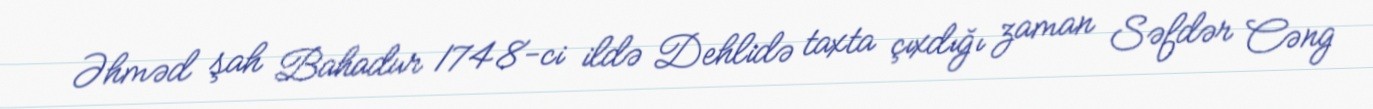
Əhməd şah Bahadur 1748-ci ildə Dehlidə taxta çıxdığı zaman Səfdər Cəng